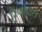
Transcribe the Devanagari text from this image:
रिणीपाल